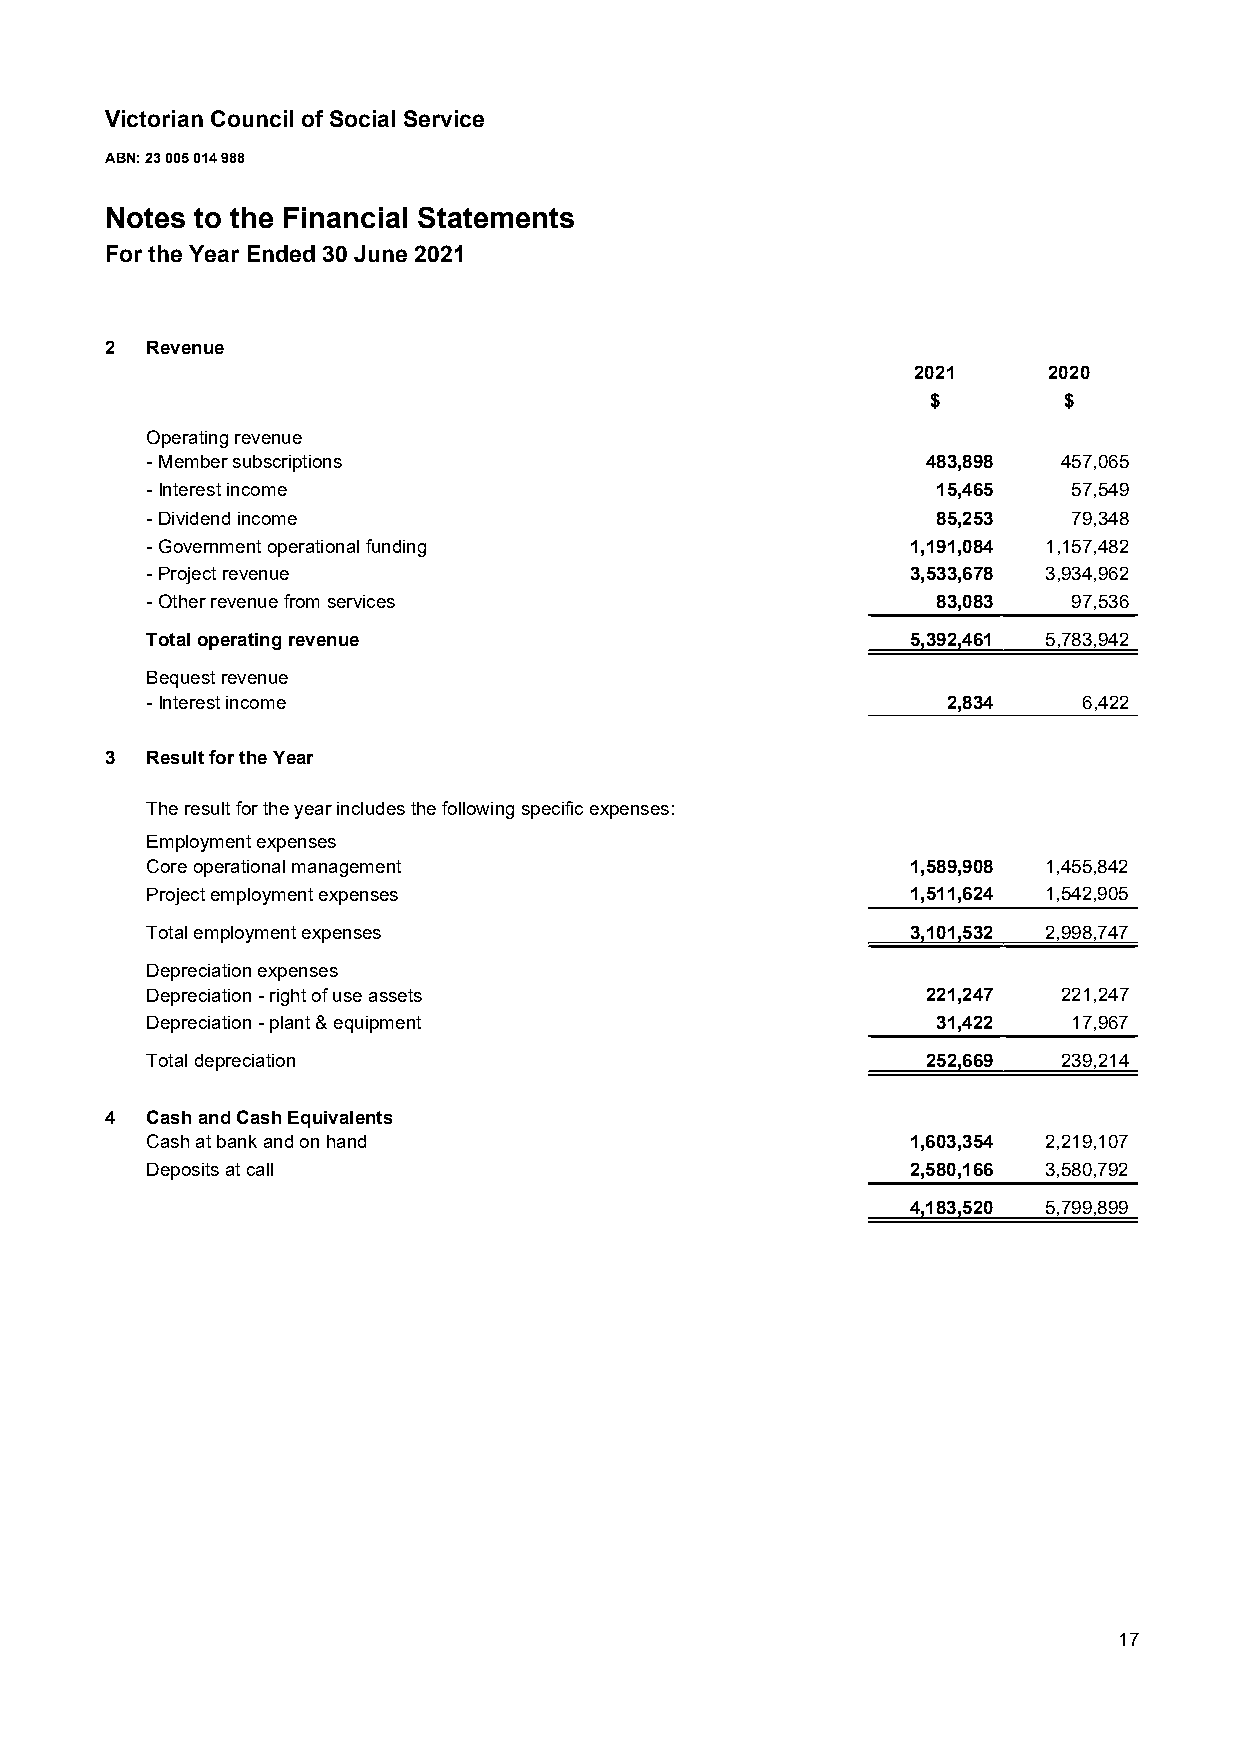
Victorian Council of Social Service
 ABN: 23 005 014 988
 Notes to the Financial Statements
 For the Year Ended 30 June 2021
 2  Revenue
 2021     2020
 $       $
 Operating revenue
 -Member subscriptions                              483,898  457,065
 -Interest income                                    15,465   57,549
 -Dividend income                                    85,253   79,348
 -Government operational funding                   1,191,084 1,157,482
 -Project revenue                                  3,533,678 3,934,962
 -Other revenue from services                        83,083   97,536
 Total operating revenue                           5,392,461 5,783,942
 Bequest revenue
 -Interest income                                     2,834    6,422
 3  Result for the Year
 The result for the year includes the following specific expenses:
 Employment expenses
 Core operational management                       1,589,908 1,455,842
 Project employment expenses                       1,511,624 1,542,905
 Total employment expenses                         3,101,532 2,998,747
 Depreciation expenses
 Depreciation - right of use assets                 221,247  221,247
 Depreciation - plant & equipment                    31,422   17,967
 Total depreciation                                 252,669  239,214
 4  Cash and Cash Equivalents
 Cash at bank and on hand                          1,603,354 2,219,107
 Deposits at call                                  2,580,166 3,580,792
 4,183,520 5,799,899
 17